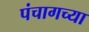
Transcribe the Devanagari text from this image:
पंचागच्या